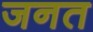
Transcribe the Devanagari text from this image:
जनत